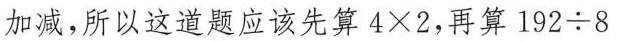
加减，所以这道题应该先算$$4 \times 2$$ ，再算$$1 9 2 \div 8$$